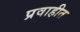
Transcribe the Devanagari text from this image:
प्रवाहीत